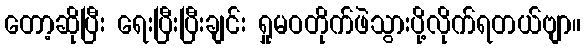
တော့ဆိုပြီး ရေးပြီးပြီးချင်း ရှုမဝတိုက်ဖဲသွားပို့လိုက်ရတယ်ဗျာ။